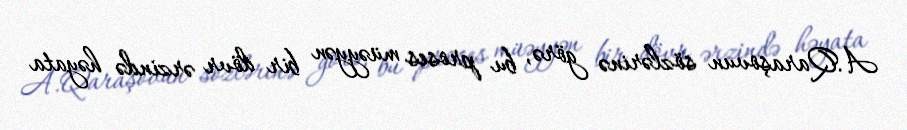
A.Qaraşovun sözlərinə görə, bu proses müəyyən bir dövr ərzində həyata